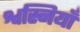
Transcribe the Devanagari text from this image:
श्वस्नियाँ